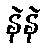
နဲနဲ